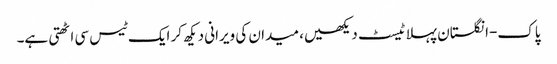
پاک-انگلستان پہلا ٹیسٹ دیکھیں، میدان کی ویرانی دیکھ کر ایک ٹیس سی اٹھتی ہے۔